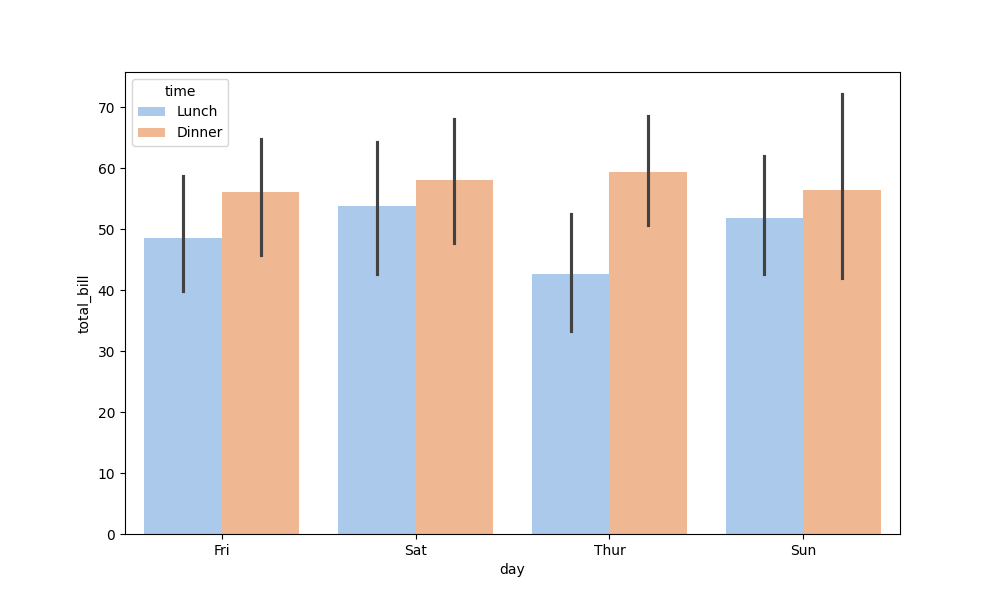
python, seaborn, barplot, hue='time', palette='pastel', ci=95, orient='v'